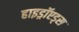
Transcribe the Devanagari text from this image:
हाइड्रॉएड्स